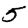
Digit: 5